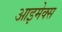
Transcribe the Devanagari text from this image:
आइमेक्स